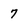
Character: 7